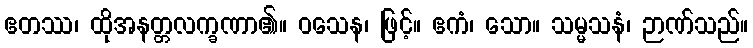
ဧတဿ၊ ထိုအနတ္တလက္ခဏာ၏။ ဝသေန၊ ဖြင့်။ ဧကံ၊ သော။ သမ္မသနံ၊ ဉာဏ်သည်။